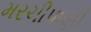
મરચીપાણી